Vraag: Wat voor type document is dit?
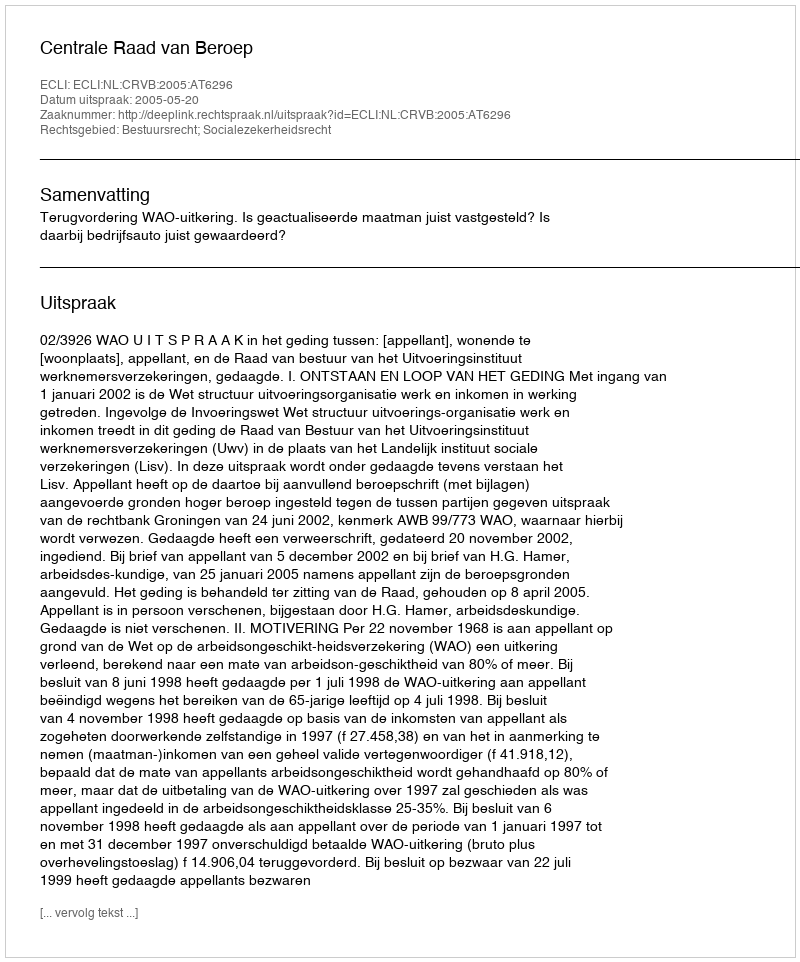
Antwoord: Uitspraak